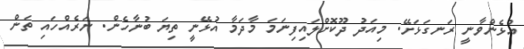
އުޅެންވާނީ ރަނގަޅަށޭ. މިއަދު ދޫކޮށްލައިފިނަމަ މާދަމާ އުޅޭނީ ތިޔަ ބުނާހެން. ނަރެއްހައި ތަން